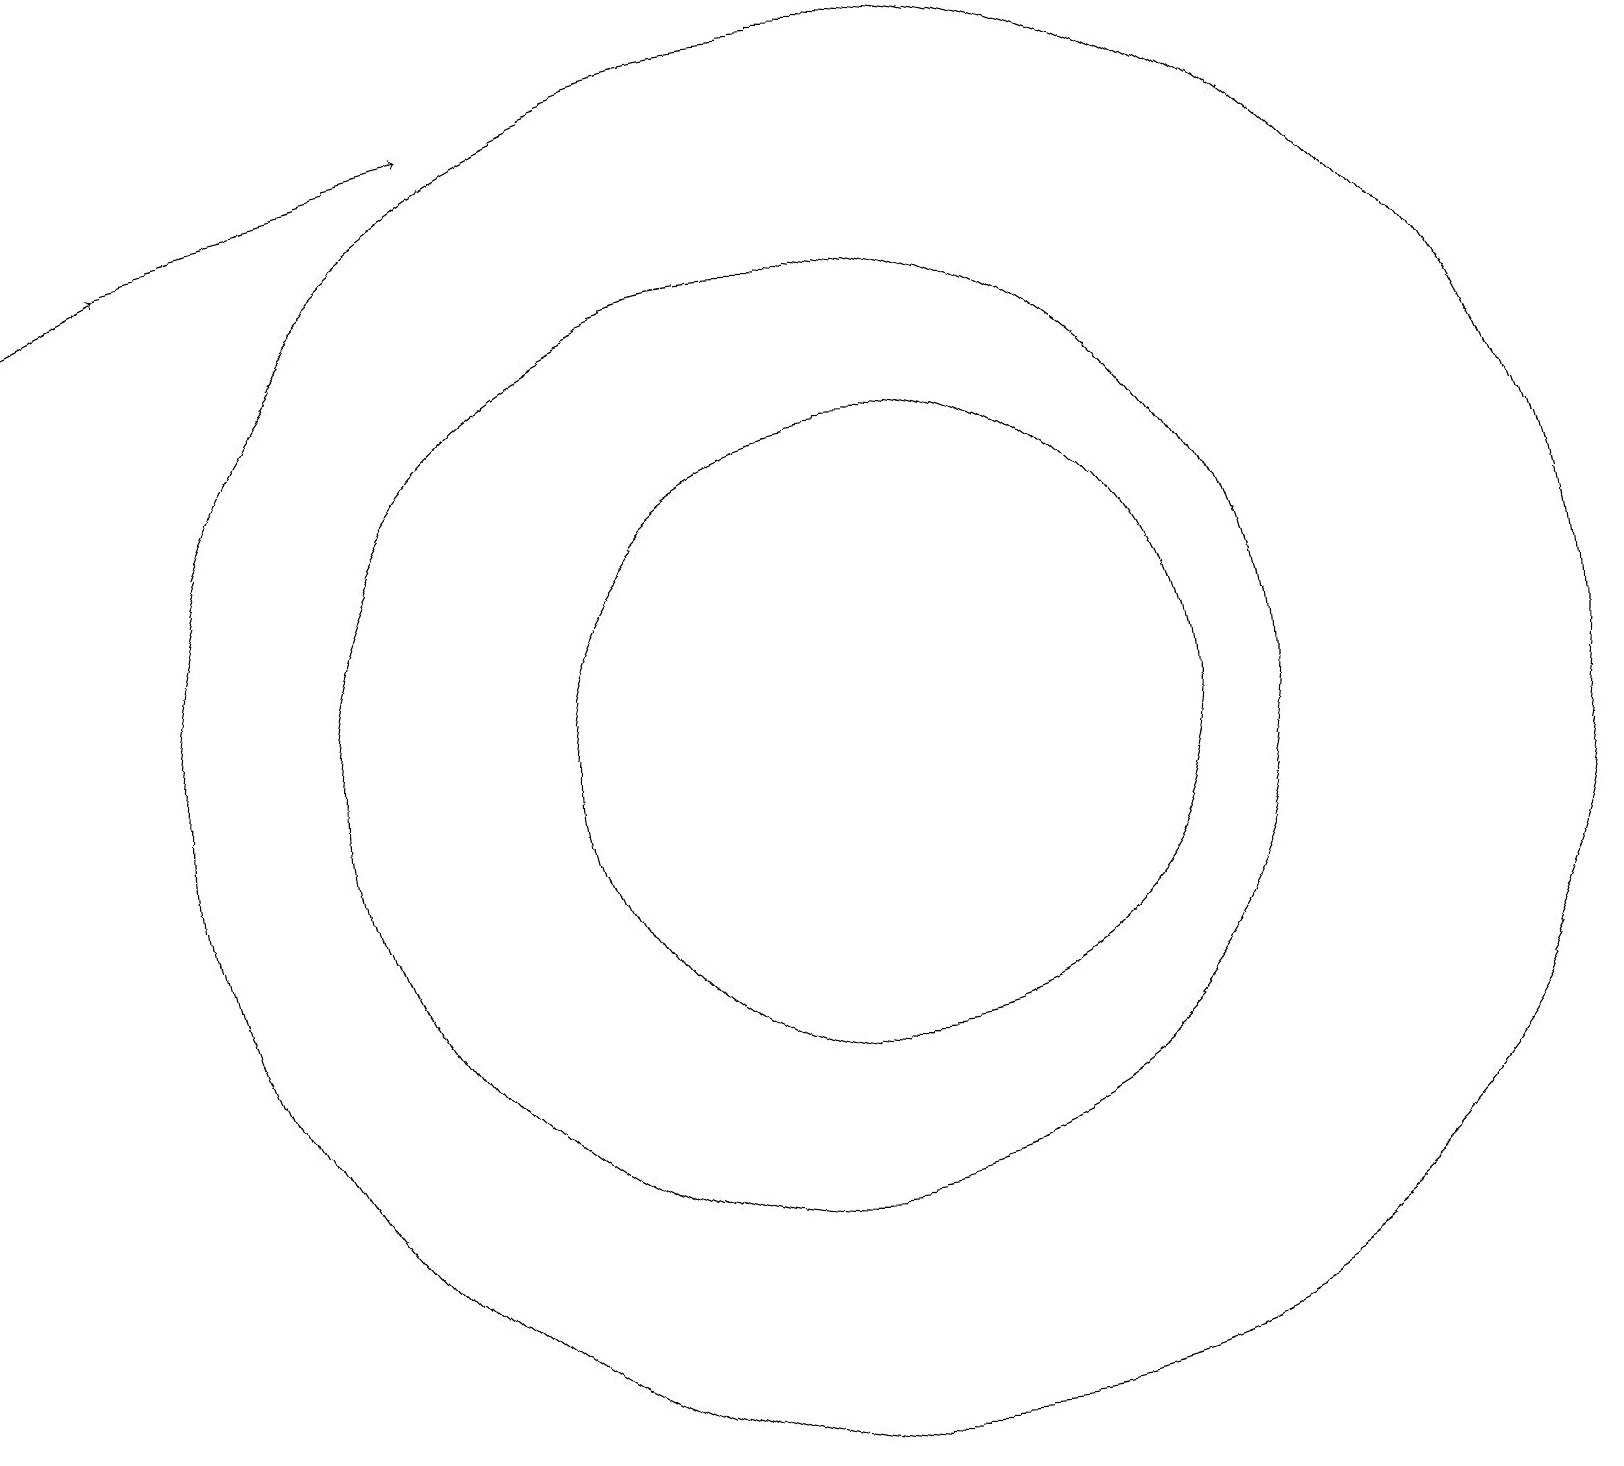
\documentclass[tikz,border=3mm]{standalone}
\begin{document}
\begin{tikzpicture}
\draw (10,11) circle (6);
\draw[->] (2,18) -- (6,19);
\draw[->] (0,17) -- (2,18);
\draw (11,11) circle (4);
\draw (11,11) circle (9);
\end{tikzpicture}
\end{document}